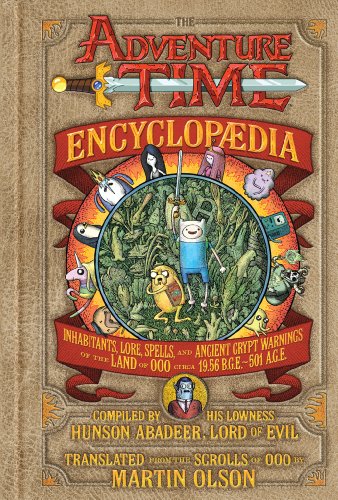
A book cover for The Adventure Time Encyclopaedia (Encyclopedia): Inhabitants, Lore, Spells, and Ancient Crypt Warnings of the Land of Ooo Circa 19.56 B.G.E. - 501 A.G.E.; Martin Olson; Humor & Entertainment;